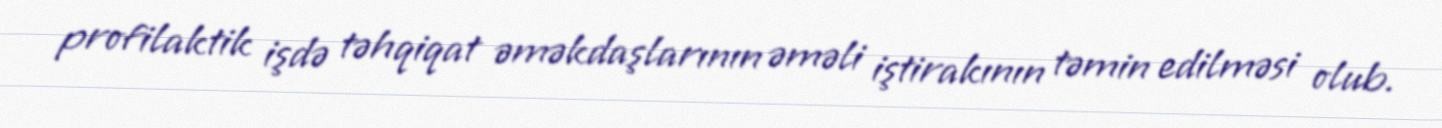
profilaktik işdə təhqiqat əməkdaşlarının əməli iştirakının təmin edilməsi olub.